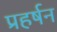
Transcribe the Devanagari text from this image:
प्रहर्षन